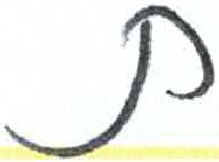
אות: ת